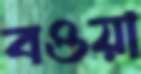
বওয়া